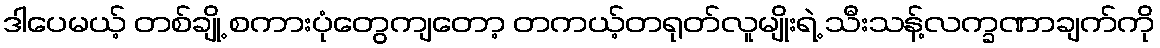
ဒါပေမယ့် တစ်ချို့ စကားပုံတွေကျတော့ တကယ့်တရုတ်လူမျိုးရဲ့ သီးသန့်လက္ခဏာချက်ကို